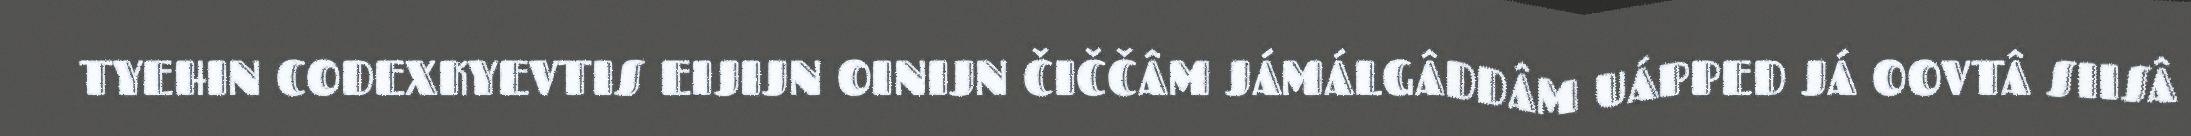
TYEHIN CODEXKYEVTIS EIJIJN OINIJN ČIČČÂM JÁMÁLGÂDDÂM UÁPPED JÁ OOVTÂ SIISÂ